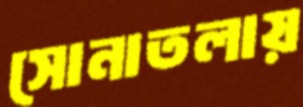
সোনাতলায়